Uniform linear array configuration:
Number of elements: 48
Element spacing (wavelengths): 0.5
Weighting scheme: kaiser
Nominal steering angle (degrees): -15
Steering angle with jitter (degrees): -13.606
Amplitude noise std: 0.05
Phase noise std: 0.05

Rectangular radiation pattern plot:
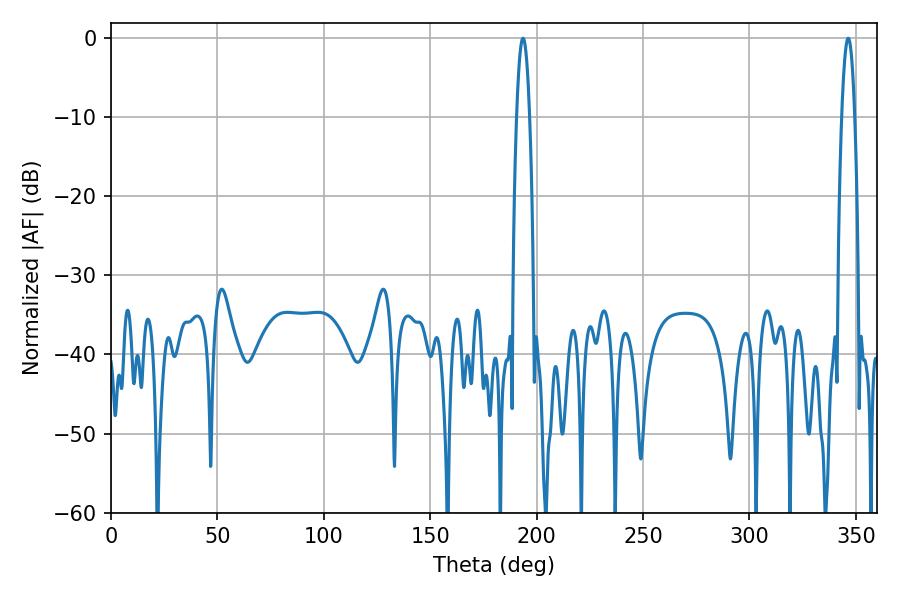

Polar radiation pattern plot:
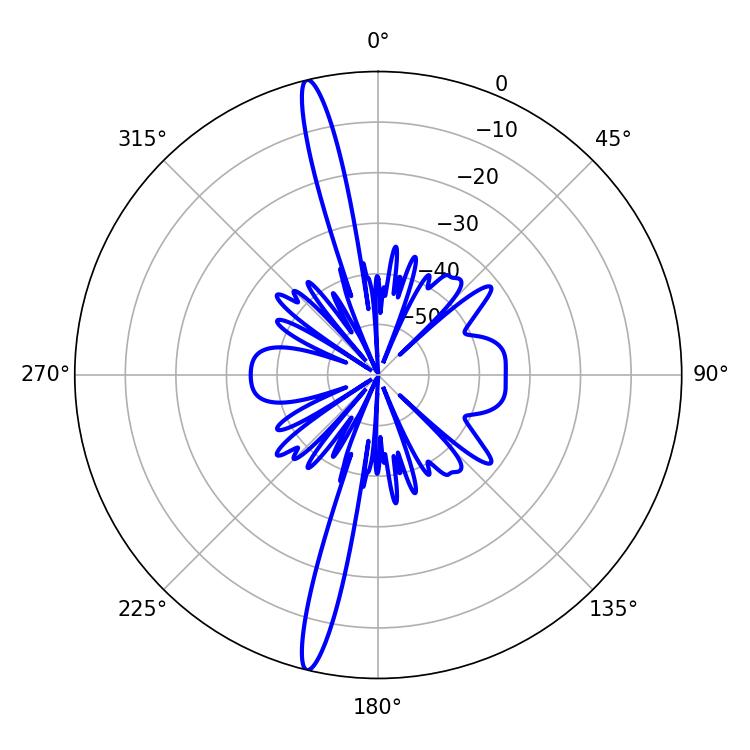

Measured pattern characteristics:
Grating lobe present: FALSE
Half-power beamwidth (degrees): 3.42
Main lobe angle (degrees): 346.32